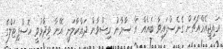
އައިޖީއެމްއެޗަށް ގެނެސްފައިވާ ބައެއް އާ ސާމާނު ރިޝްވާން ދައްކާލަނީ އޭނާ ވިދާޅުވީ ހޮސްޕިޓަލްގެ